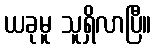
ယခုမူ သူရှိလာပြီ။